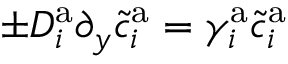
\pm D _ { i } ^ { \mathrm { a } } \partial _ { y } \tilde { c } _ { i } ^ { \mathrm { a } } = \gamma _ { i } ^ { \mathrm { a } } \tilde { c } _ { i } ^ { \mathrm { a } }